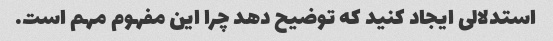
استدلالی ایجاد کنید که توضیح دهد چرا این مفهوم مهم است.